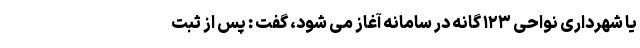
یا شهرداری نواحی ۱۲۳ گانه در سامانه آغاز می شود، گفت : پس از ثبت